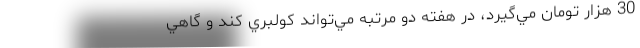
30 هزار تومان مي‌گيرد، در هفته دو مرتبه مي‌تواند كولبري كند و گاهي